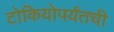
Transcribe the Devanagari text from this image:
टोकियोपर्यंतची